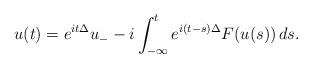
LaTeX: \begin{align*}u(t) = e^{it\Delta}u_- - i \int_{-\infty}^t e^{i(t-s)\Delta}F(u(s))\,ds.\end{align*}